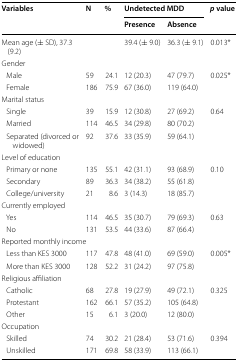
<table><thead><tr><td rowspan="2"><b>Variables</b></td><td rowspan="2"><b>N</b></td><td rowspan="2"><b>%</b></td><td colspan="2"><b>Undetected MDD</b></td><td rowspan="2"><b><i>p</i> value</b></td></tr><tr><td><b>Presence</b></td><td><b>Absence</b></td></tr></thead><tbody><tr><td>Mean age (± SD), 37.3 (9.2)</td><td>[EMPTY_CELL]</td><td>[EMPTY_CELL]</td><td>39.4 (± 9.0)</td><td>36.3 (± 9.1)</td><td>0.013*</td></tr><tr><td colspan="6">Gender</td></tr><tr><td> Male</td><td>59</td><td>24.1</td><td>12 (20.3)</td><td>47 (79.7)</td><td>0.025*</td></tr><tr><td> Female</td><td>186</td><td>75.9</td><td>67 (36.0)</td><td>119 (64.0)</td><td>[EMPTY_CELL]</td></tr><tr><td colspan="6">Marital status</td></tr><tr><td> Single</td><td>39</td><td>15.9</td><td>12 (30.8)</td><td>27 (69.2)</td><td>0.64</td></tr><tr><td> Married</td><td>114</td><td>46.5</td><td>34 (29.8)</td><td>80 (70.2)</td><td>[EMPTY_CELL]</td></tr><tr><td> Separated (divorced or widowed)</td><td>92</td><td>37.6</td><td>33 (35.9)</td><td>59 (64.1)</td><td>[EMPTY_CELL]</td></tr><tr><td colspan="6">Level of education</td></tr><tr><td> Primary or none</td><td>135</td><td>55.1</td><td>42 (31.1)</td><td>93 (68.9)</td><td>0.10</td></tr><tr><td> Secondary</td><td>89</td><td>36.3</td><td>34 (38.2)</td><td>55 (61.8)</td><td>[EMPTY_CELL]</td></tr><tr><td> College/university</td><td>21</td><td>8.6</td><td>3 (14.3)</td><td>18 (85.7)</td><td>[EMPTY_CELL]</td></tr><tr><td colspan="6">Currently employed</td></tr><tr><td> Yes</td><td>114</td><td>46.5</td><td>35 (30.7)</td><td>79 (69.3)</td><td>0.63</td></tr><tr><td> No</td><td>131</td><td>53.5</td><td>44 (33.6)</td><td>87 (66.4)</td><td>[EMPTY_CELL]</td></tr><tr><td colspan="6">Reported monthly income</td></tr><tr><td> Less than KES 3000</td><td>117</td><td>47.8</td><td>48 (41.0)</td><td>69 (59.0)</td><td>0.005*</td></tr><tr><td> More than KES 3000</td><td>128</td><td>52.2</td><td>31 (24.2)</td><td>97 (75.8)</td><td>[EMPTY_CELL]</td></tr><tr><td colspan="6">Religious affiliation</td></tr><tr><td> Catholic</td><td>68</td><td>27.8</td><td>19 (27.9)</td><td>49 (72.1)</td><td>0.325</td></tr><tr><td> Protestant</td><td>162</td><td>66.1</td><td>57 (35.2)</td><td>105 (64.8)</td><td>[EMPTY_CELL]</td></tr><tr><td> Other</td><td>15</td><td>6.1</td><td>3 (20.0)</td><td>12 (80.0)</td><td>[EMPTY_CELL]</td></tr><tr><td colspan="6">Occupation</td></tr><tr><td> Skilled</td><td>74</td><td>30.2</td><td>21 (28.4)</td><td>53 (71.6)</td><td>0.394</td></tr><tr><td> Unskilled</td><td>171</td><td>69.8</td><td>58 (33.9)</td><td>113 (66.1)</td><td>[EMPTY_CELL]</td></tr></tbody></table>